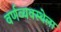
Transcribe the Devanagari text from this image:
वर्णव्यवस्थेला